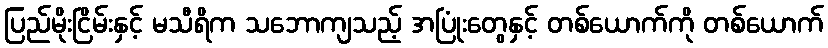
ပြည်မိုးငြိမ်းနှင့် မသီရိက သဘောကျသည့် အပြုံးတွေနှင့် တစ်ယောက်ကို တစ်ယောက်